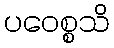
ပဝေစ္စသိ